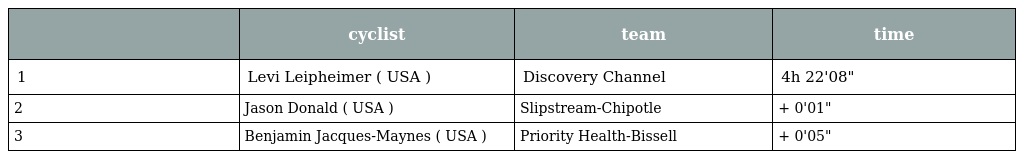
|  | cyclist | team | time |
 | --- | --- | --- | --- |
 | 1 | Levi Leipheimer ( USA ) | Discovery Channel | 4h 22'08" |
 | 2 | Jason Donald ( USA ) | Slipstream-Chipotle | + 0'01" |
 | 3 | Benjamin Jacques-Maynes ( USA ) | Priority Health-Bissell | + 0'05" |